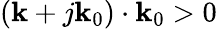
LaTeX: (\mathbf{k}+j\mathbf{k}_{0})\cdot\mathbf{k}_{0}>0